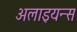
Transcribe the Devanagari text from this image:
अलाइयन्स